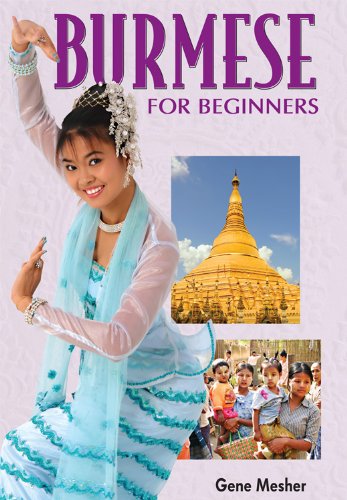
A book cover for Burmese for Beginners Book and CDs Combo; Gene Mesher; Travel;